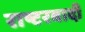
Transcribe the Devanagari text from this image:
राष्टरवादी